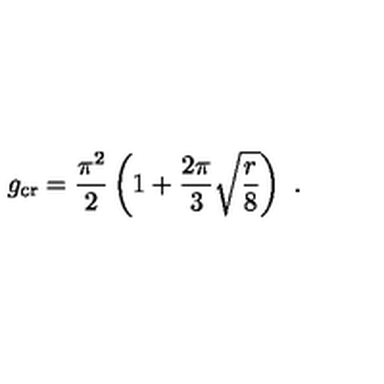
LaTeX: g _ { \mathrm { c r } } = \frac { \pi ^ { 2 } } { 2 } \left( 1 + \frac { 2 \pi } { 3 } \sqrt { \frac { r } { 8 } } \right) \ .